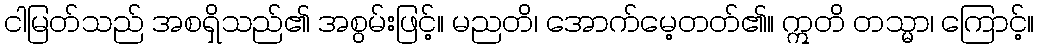
ငါမြတ်သည် အစရှိသည်၏ အစွမ်းဖြင့်။ မညတိ၊ အောက်မေ့တတ်၏။ ဣတိ တသ္မာ၊ ကြောင့်။